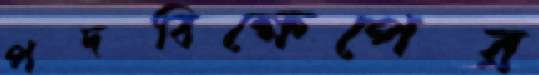
পদবিক্ষেপের